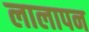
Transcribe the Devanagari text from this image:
लालापन